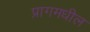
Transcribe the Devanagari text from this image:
प्रागमधील